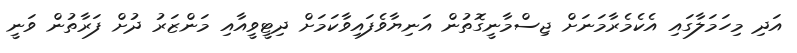
އަދި މިހަމަލާގައި އެކެމެރާމަނަށް ޖިސްމާނީގޮތުން އަނިޔާވެފައިވާކަމަށް ދިޓީވީއާއި މަންޒަރު ދުށް ފަރާތުން ވަނީ